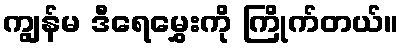
ကျွန်မ ဒီရေမွှေးကို ကြိုက်တယ်။